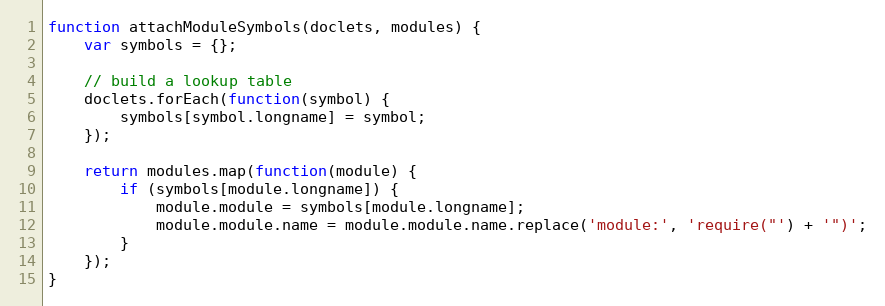
Language: JavaScript
function attachModuleSymbols(doclets, modules) {
    var symbols = {};

    // build a lookup table
    doclets.forEach(function(symbol) {
        symbols[symbol.longname] = symbol;
    });

    return modules.map(function(module) {
        if (symbols[module.longname]) {
            module.module = symbols[module.longname];
            module.module.name = module.module.name.replace('module:', 'require("') + '")';
        }
    });
}